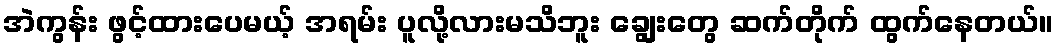
အဲကွန်း ဖွင့်ထားပေမယ့် အရမ်း ပူလို့လားမသိဘူး ချွေးတွေ ဆက်တိုက် ထွက်နေတယ်။